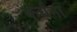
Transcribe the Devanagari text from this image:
कर्चना